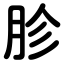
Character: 胗